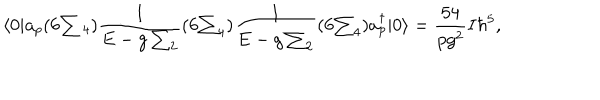
\langle 0 | a _ { p } ( 6 { \textstyle \sum { } _ { 4 } } ) { \frac { 1 } { E - g \sum _ { 2 } } } ( 6 { \textstyle \sum _ { 4 } } ) { \frac { 1 } { E - g \sum _ { 2 } } } ( 6 { \textstyle \sum _ { 4 } } ) a _ { p } ^ { \dagger } | 0 \rangle = { \frac { 5 4 } { p g ^ { 2 } } } I \hbar ^ { 5 } ,